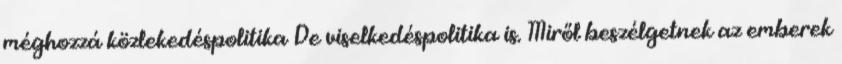
méghozzá közlekedéspolitika De viselkedéspolitika is. Miről beszélgetnek az emberek